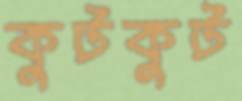
কুটকুট